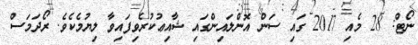
ނޯޓް: 28 މެއި 2017 ގައި ސަން އޮންލައިންގައި ޝާއިޢުކުރެވިފައިވާ ލިޔުމެކެވެ. ރޯދަމަސް